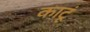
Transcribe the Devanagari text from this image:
काटूं